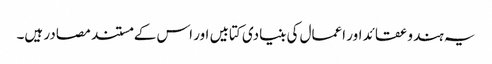
یہ ہندو عقائد اور اعمال کی بنیادی کتابیں اور اس کے مستند مصادر ہیں۔